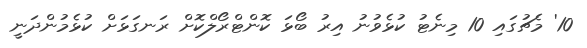
10' މެޗުގައި 10 މިނެޓު ކުޅެވުނު އިރު ބޯޅަ ކޮންޓްރޯލްކޮށް ރަނގަޅަށް ކުޅެމުންދަނީ